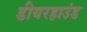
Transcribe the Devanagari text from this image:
डीयरहाउंड